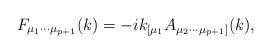
LaTeX: \begin{align*}F_{{\mu}_{1}{\cdots}{\mu}_{p+1}}(k)=-ik_{[{\mu}_{1}}A_{{\mu}_{2}{\cdots}{\mu}_{p+1}]}(k),\end{align*}